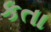
કતા